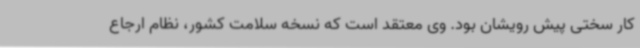
کار سختی پیش رویشان بود. وی معتقد است که نسخه سلامت کشور، نظام ارجاع